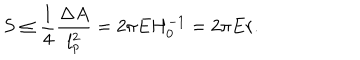
LaTeX: S \leq \frac { 1 } { 4 } \frac { \Delta A } { l _ { p } ^ { 2 } } = 2 \pi E H _ { 0 } ^ { - 1 } = 2 \pi E r .